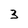
Character: 3